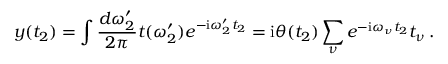
y ( t _ { 2 } ) = \int \frac { d \omega _ { 2 } ^ { \prime } } { 2 \pi } t ( \omega _ { 2 } ^ { \prime } ) e ^ { - \mathrm { i } \omega _ { 2 } ^ { \prime } t _ { 2 } } = \mathrm { i } \theta ( t _ { 2 } ) \sum _ { \nu } e ^ { - \mathrm { i } \omega _ { \nu } t _ { 2 } } t _ { \nu } \: .